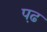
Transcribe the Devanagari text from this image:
प़ढ